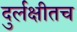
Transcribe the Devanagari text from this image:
दुर्लक्षीतच